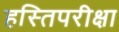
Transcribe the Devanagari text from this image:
हस्तिपरीक्षा